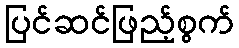
ပြင်ဆင်ဖြည့်စွက်